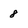
Character: 8